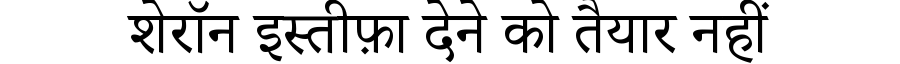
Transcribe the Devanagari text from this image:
शेरॉन इस्तीफ़ा देने को तैयार नहीं